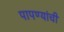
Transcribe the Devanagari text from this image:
पापण्यांची